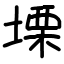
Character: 塛